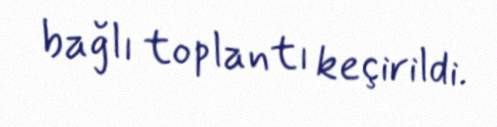
bağlı toplantı keçirildi.